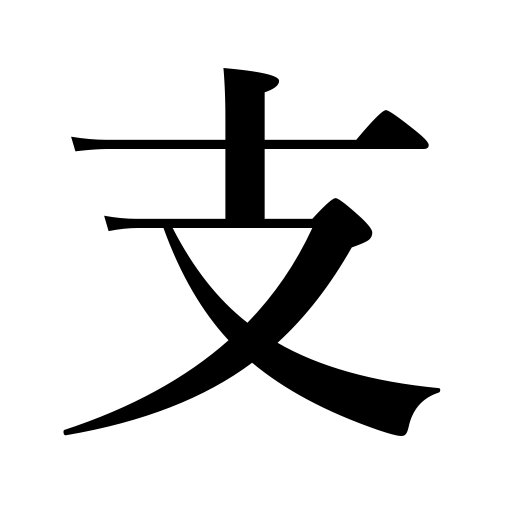
Meanings: branch,bolster,sustain,stem,support,hold,prop,check,maintain